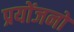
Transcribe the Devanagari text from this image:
प्रयोंजनों